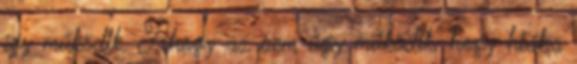
így működik. Ahogy az sem úgy működik, hogy hiába